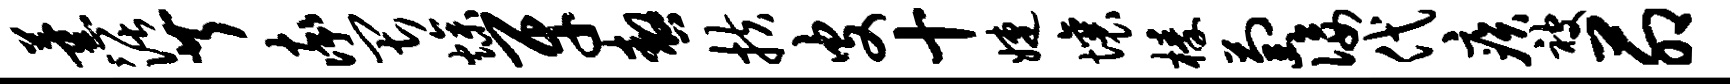
薰活芹率畏燥牙嗷扶皮十婕壤榛萄佞代疾被茆